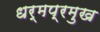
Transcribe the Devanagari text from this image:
धर्मप्रमुख